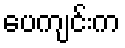
ပေကျင်းက